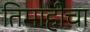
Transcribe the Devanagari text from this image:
तिमाहीचा